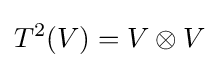
T^{2}(V)=V\otimes V